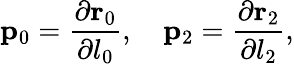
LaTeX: {\mathbf p}_{0}={\frac{\partial{\mathbf r}_{0}}{\partial l_{0}}},\quad{\mathbf p}_{2}={\frac{\partial{\mathbf r}_{2}}{\partial l_{2}}},